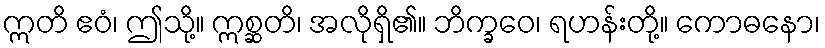
ဣတိ ဧဝံ၊ ဤသို့။ ဣစ္ဆတိ၊ အလိုရှိ၏။ ဘိက္ခဝေ၊ ရဟန်းတို့။ ကောဓနော၊